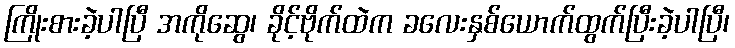
ကြိုးစားခဲ့ပါပြီ အကိုဆွေ၊ ခိုင့်ဗိုက်ထဲက ခလေးနှစ်ယောက်ထွက်ပြီးခဲ့ပါပြီ၊